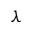
\lambda